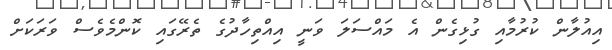
އިއުލާން ކުރުމާއި ގުޅިގެން އެ މައްސަލަ ވަނީ އިއްތިހާދުގެ ތެރޭގައި ކޮންމެވެސް ވަރަކަށް